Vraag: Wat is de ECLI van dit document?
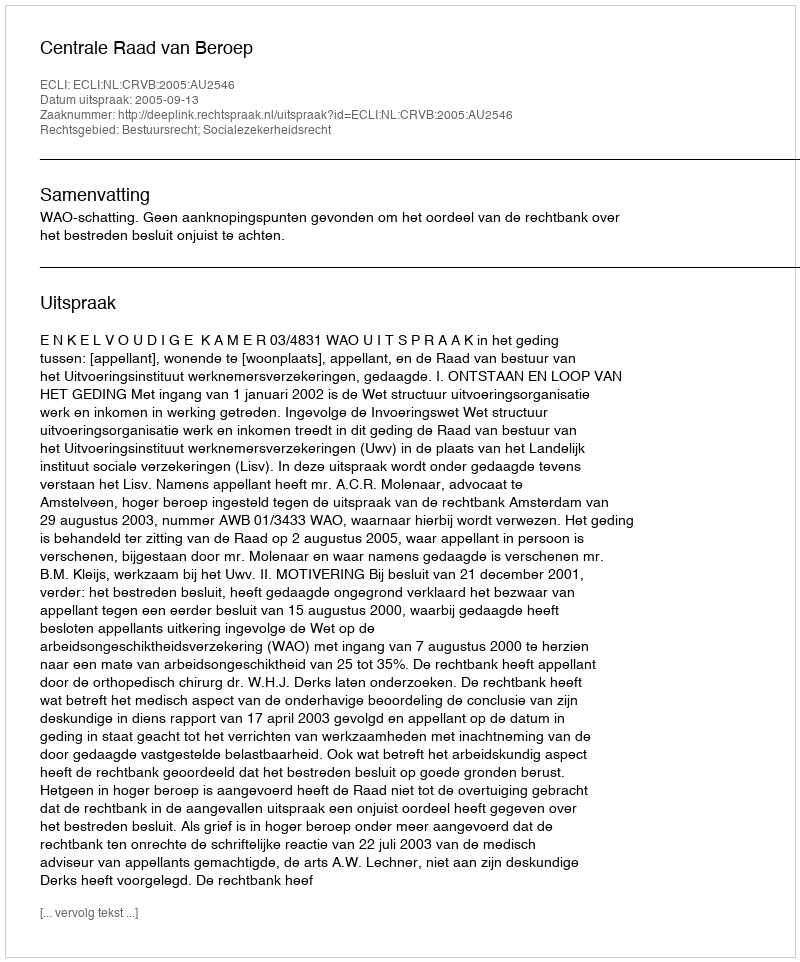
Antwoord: ECLI:NL:CRVB:2005:AU2546